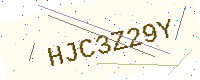
Text: HJC3Z29Y